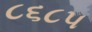
૮૬૮૫